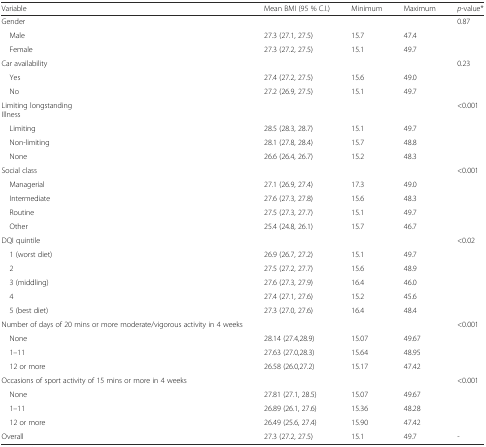
<table><thead><tr><td><b>Variable</b></td><td><b>Mean BMI (95 % C.I.)</b></td><td><b>Minimum</b></td><td><b>Maximum</b></td><td><b><i>p</i>-value*</b></td></tr></thead><tbody><tr><td>Gender</td><td></td><td></td><td></td><td>0.87</td></tr><tr><td> Male</td><td>27.3 (27.1, 27.5)</td><td>15.7</td><td>47.4</td><td></td></tr><tr><td> Female</td><td>27.3 (27.2, 27.5)</td><td>15.1</td><td>49.7</td><td></td></tr><tr><td>Car availability</td><td></td><td></td><td></td><td>0.23</td></tr><tr><td> Yes</td><td>27.4 (27.2, 27.5)</td><td>15.6</td><td>49.0</td><td></td></tr><tr><td> No</td><td>27.2 (26.9, 27.5)</td><td>15.1</td><td>49.7</td><td></td></tr><tr><td>Limiting longstandingIllness</td><td></td><td></td><td></td><td>&lt;0.001</td></tr><tr><td> Limiting</td><td>28.5 (28.3, 28.7)</td><td>15.1</td><td>49.7</td><td></td></tr><tr><td> Non-limiting</td><td>28.1 (27.8, 28.4)</td><td>15.7</td><td>48.8</td><td></td></tr><tr><td> None</td><td>26.6 (26.4, 26.7)</td><td>15.2</td><td>48.3</td><td></td></tr><tr><td>Social class</td><td></td><td></td><td></td><td>&lt;0.001</td></tr><tr><td> Managerial</td><td>27.1 (26.9, 27.4)</td><td>17.3</td><td>49.0</td><td></td></tr><tr><td> Intermediate</td><td>27.6 (27.3, 27.8)</td><td>15.6</td><td>48.3</td><td></td></tr><tr><td> Routine</td><td>27.5 (27.3, 27.7)</td><td>15.1</td><td>49.7</td><td></td></tr><tr><td> Other</td><td>25.4 (24.8, 26.1)</td><td>15.7</td><td>46.7</td><td></td></tr><tr><td>DQI quintile</td><td></td><td></td><td></td><td>&lt;0.02</td></tr><tr><td> 1 (worst diet)</td><td>26.9 (26.7, 27.2)</td><td>15.1</td><td>49.7</td><td></td></tr><tr><td> 2</td><td>27.5 (27.2, 27.7)</td><td>15.6</td><td>48.9</td><td></td></tr><tr><td> 3 (middling)</td><td>27.6 (27.3, 27.9)</td><td>16.4</td><td>46.0</td><td></td></tr><tr><td> 4</td><td>27.4 (27.1, 27.6)</td><td>15.2</td><td>45.6</td><td></td></tr><tr><td> 5 (best diet)</td><td>27.3 (27.0, 27.6)</td><td>16.4</td><td>48.4</td><td></td></tr><tr><td>Number of days of 20 mins or more moderate/vigorous activity in 4 weeks</td><td></td><td></td><td></td><td>&lt;0.001</td></tr><tr><td> None</td><td>28.14 (27.4,28.9)</td><td>15.07</td><td>49.67</td><td></td></tr><tr><td> 1–11</td><td>27.63 (27.0,28.3)</td><td>15.64</td><td>48.95</td><td></td></tr><tr><td> 12 or more</td><td>26.58 (26.0,27.2)</td><td>15.17</td><td>47.42</td><td></td></tr><tr><td>Occasions of sport activity of 15 mins or more in 4 weeks</td><td></td><td></td><td></td><td>&lt;0.001</td></tr><tr><td> None</td><td>27.81 (27.1, 28.5)</td><td>15.07</td><td>49.67</td><td></td></tr><tr><td> 1–11</td><td>26.89 (26.1, 27.6)</td><td>15.36</td><td>48.28</td><td></td></tr><tr><td> 12 or more</td><td>26.49 (25.6, 27.4)</td><td>15.90</td><td>47.42</td><td></td></tr><tr><td>Overall</td><td>27.3 (27.2, 27.5)</td><td>15.1</td><td>49.7</td><td>-</td></tr></tbody></table>